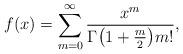
LaTeX: \begin{align*} f(x) = \sum_{m=0}^\infty \frac{x^m}{\Gamma \bigl(1 + \frac{m}{2}\bigr) m!}, \end{align*}